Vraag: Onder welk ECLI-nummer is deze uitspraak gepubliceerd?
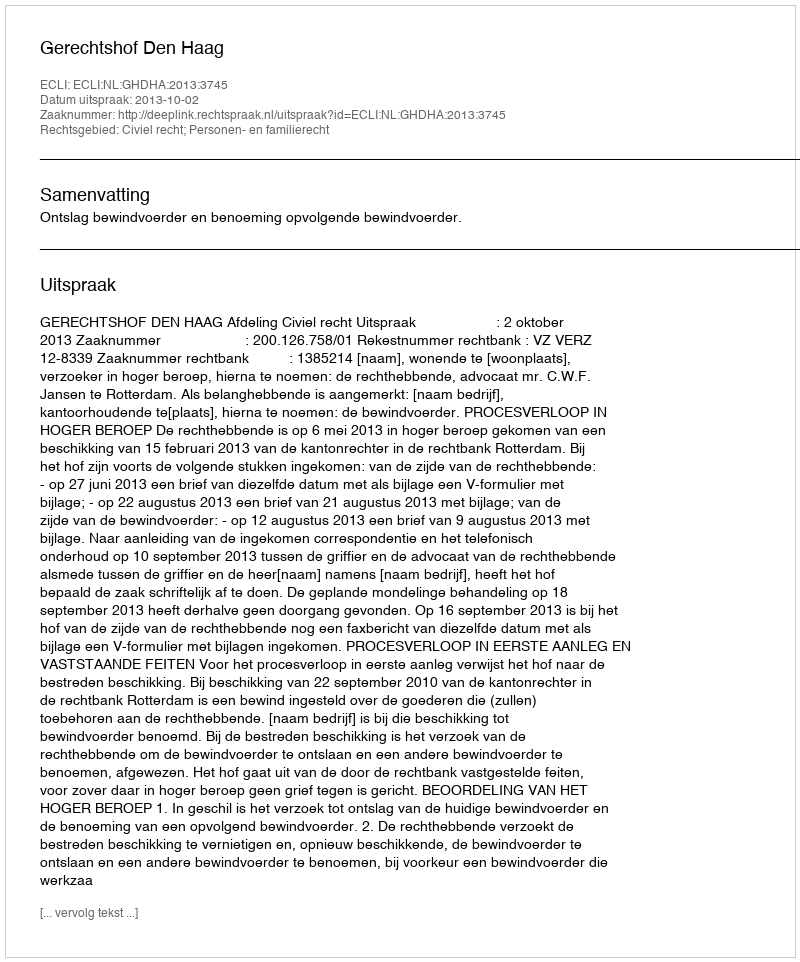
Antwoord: ECLI:NL:GHDHA:2013:3745